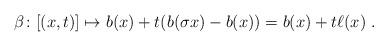
LaTeX: \begin{align*}\beta \colon [(x,t)]\mapsto b(x) + t(b(\sigma x) -b(x)) =b(x) +t \ell (x)\ . \end{align*}